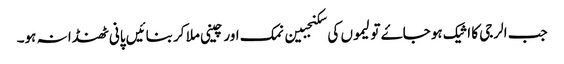
جب الرجی کا اثیک ہو جاۓ تو لیموں کی سکنجبین نمک اور چینی ملا کر بنائیں پانی ٹھنڈا نہ ہو۔